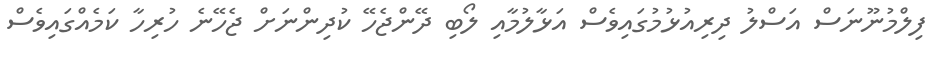
ފިލްމުނޫނަސް އަސްލު ދިރިއުޅުމުގައިވެސް އަޅާލުމާއި ލޯބި ދޭންޖެހޭ ކުދިންނަށް ޖެހޭނެ ހުރިހާ ކަމެއްގައިވެސް